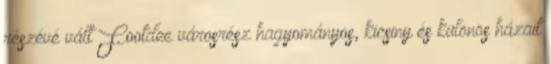
részévé vált Footdee városrész hagyományos, kicsiny és különös házait